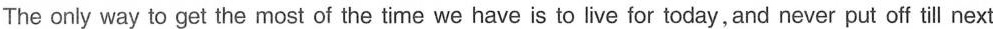
The only way to get the most of the time we have is to live for today,and never put off till next